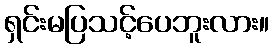
ရှင်းမပြသင့်ပေဘူးလား။